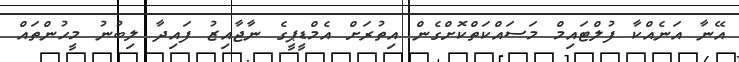
އޭނާ އަނެއްކާ ފުލްޓައިމް މަސައްކަތްކޮށްގެން އިތުރަށް އެމްޑީޕީގެ ނާޖާއިޒު ފައިދާ ލިބުނު މީހުންތައް